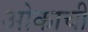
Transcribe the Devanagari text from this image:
ओकाची